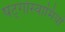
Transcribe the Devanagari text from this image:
षट्गोस्वामियों